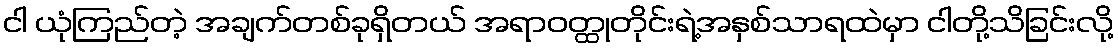
ငါ ယုံကြည်တဲ့ အချက်တစ်ခုရှိတယ် အရာဝတ္ထုတိုင်းရဲ့အနှစ်သာရထဲမှာ ငါတို့သိခြင်းလို့